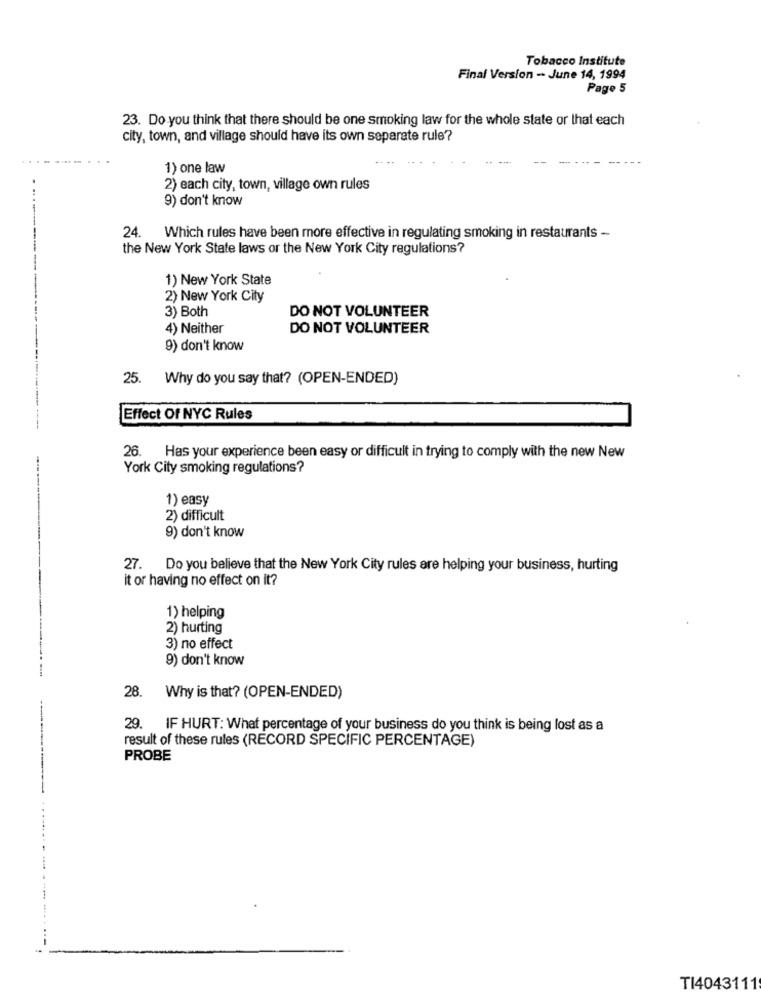
Tobacco Institute
Final Version -- June 14, 1994
Page 5
23. Do you think that there should be one smoking law for the whole state or that each
city, town, and village should have its own separate rule?
... .
1) one law
2) each city, town, village own rules
9) don't know
24. Which rules have been more effective in regulating smoking in restaurants -
the New York State laws or the New York City regulations?
1) New York State
2) New York City
3) Both
DO NOT VOLUNTEER
4) Neither
DO NOT VOLUNTEER
9) don't know
25. Why do you say that? (OPEN-ENDED)
Effect Of NYC Rules
26. Has your experience been easy or difficult in trying to comply with the new New
York City smoking regulations?
1) easy
2) difficult
9) don't know
27. Do you believe that the New York City rules are helping your business, hurting
it or having no effect on it?
1) helping
2) hurting
3) no effect
9) don't know
28. Why is that? (OPEN-ENDED)
29. IF HURT: What percentage of your business do you think is being lost as a
result of these rules (RECORD SPECIFIC PERCENTAGE)
PROBE
..
TI4043111